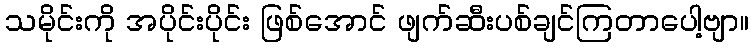
သမိုင်းကို အပိုင်းပိုင်း ဖြစ်အောင် ဖျက်ဆီးပစ်ချင်ကြတာပေါ့ဗျာ။